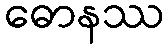
ဓောနဿ